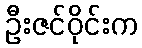
ဦးဇင်ဝိုင်းက